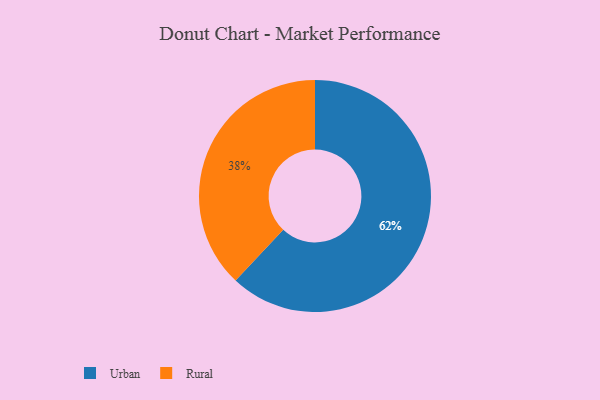
{"axis": {"x": "Category", "y": "Percentage"}, "legend": ["Rural", "Urban"], "data": [{"x": "Rural", "y": 38, "type": "Rural"}, {"x": "Urban", "y": 62, "type": "Urban"}]}